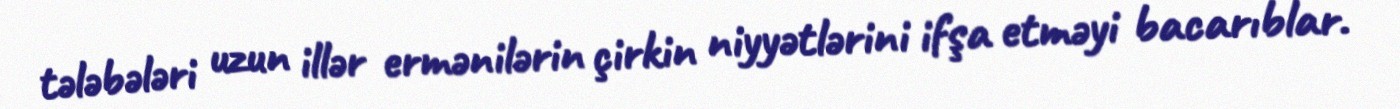
tələbələri uzun illər ermənilərin çirkin niyyətlərini ifşa etməyi bacarıblar.